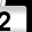
Digit: 2